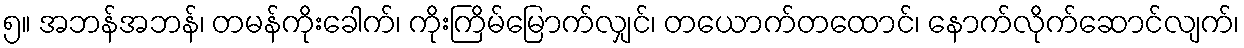
၅။ အဘန်အဘန်၊ တမန်ကိုးခေါက်၊ ကိုးကြိမ်မြောက်လျှင်၊ တယောက်တထောင်၊ နောက်လိုက်ဆောင်လျက်၊